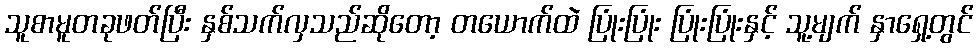
သူစာမူတခုဖတ်ပြီး နှစ်သက်လှသည်ဆိုတော့ တယောက်ထဲ ပြုံးပြုံး ပြုံးပြုံးနှင့် သူ့မျက် နှာရှေ့တွင်